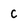
Character: C